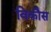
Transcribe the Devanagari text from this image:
विकाैस